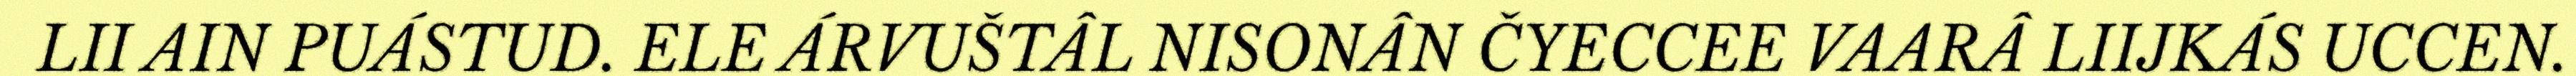
LII AIN PUÁSTUD. ELE ÁRVUŠTÂL NISONÂN ČYECCEE VAARÂ LIIJKÁS UCCEN.